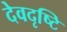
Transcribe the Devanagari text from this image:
देवदृष्टि